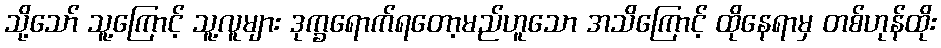
သို့သော် သူ့ကြောင့် သူ့လူများ ဒုက္ခရောက်ရတော့မည်ဟူသော အသိကြောင့် ထိုနေရာမှ တစ်ဟုန်ထိုး